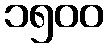
၁၅၀၀